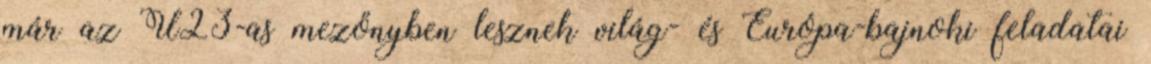
már az U23-as mezőnyben lesznek világ- és Európa-bajnoki feladatai